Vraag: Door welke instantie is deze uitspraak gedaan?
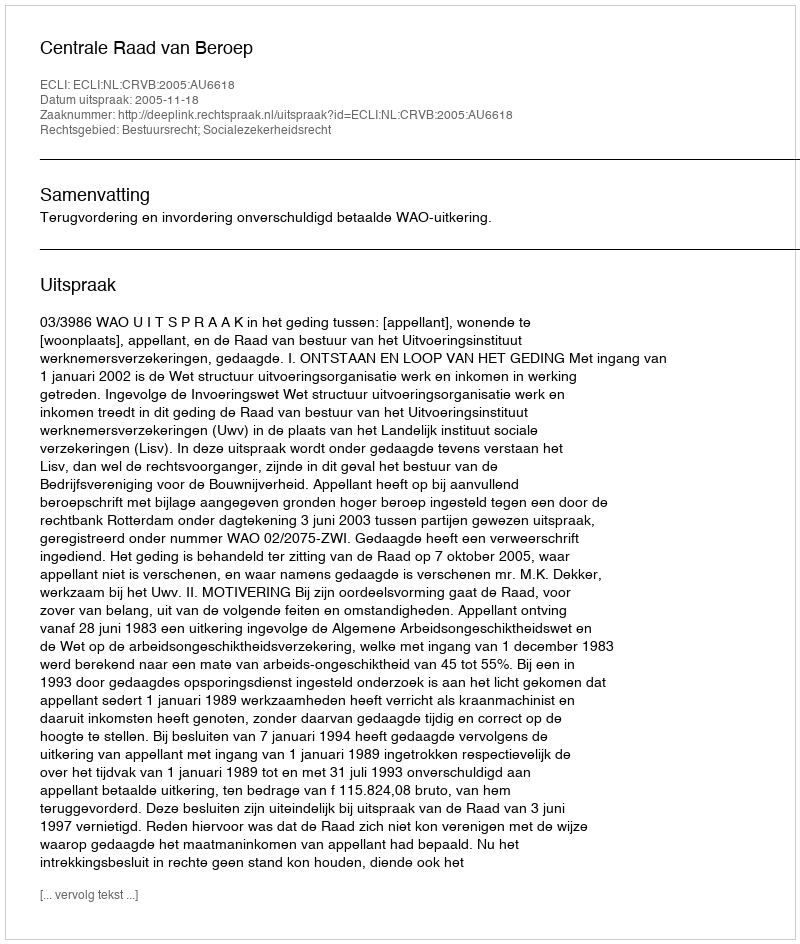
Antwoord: Centrale Raad van Beroep